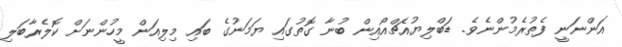
އަންނަނީ ފެތުރެމުންނެވެ. ޑަބްލިޔުއެޗްއޯއިން ބުނާ ގޮތުގައި ޔަމަނުގެ ބައި މިލިއަން މީހުންނަށް ކޮލެރާބަލި